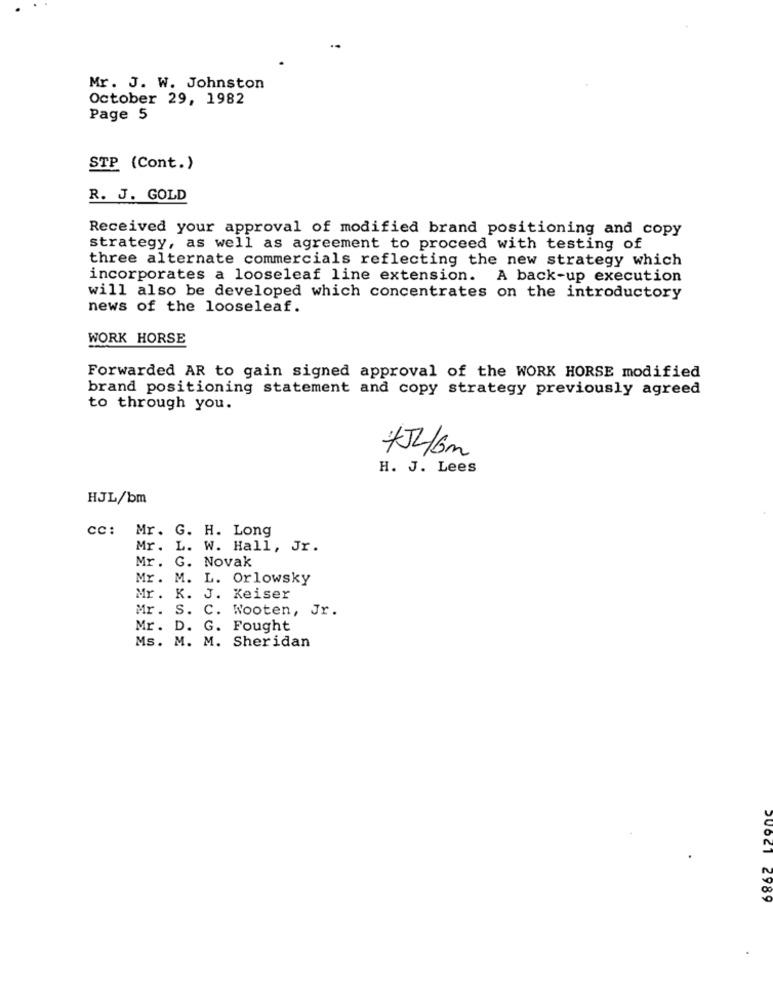
Mr. J. W. Johnston
October 29, 1982
Page 5
STP (Cont.)
R. J. GOLD
Received your approval of modified brand positioning and copy
strategy, as well as agreement to proceed with testing of
three alternate commercials reflecting the new strategy which
incorporates a looseleaf line extension. A back-up execution
will also be developed which concentrates on the introductory
news of the looseleaf.
WORK HORSE
Forwarded AR to gain signed approval of the WORK HORSE modified
brand positioning statement and copy strategy previously agreed
to through you.
+54/6m
H. J. Lees
HJL/bm
cc: Mr. G. H. Long
Mr. L. W. Hall, Jr.
Mr. G. Novak
Mr. M. L. Orlowsky
Mr. K. J. Keiser
Mr. S. C. Wooten, Jr.
Mr. D. G. Fought
Ms. M. M. Sheridan
50621 2989